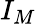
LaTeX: I_{M}